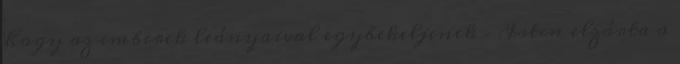
hogy az emberek leányaival egybekeljenek – Isten elzárta a